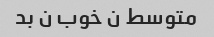
متوسط ن خوب ن بد